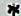
*